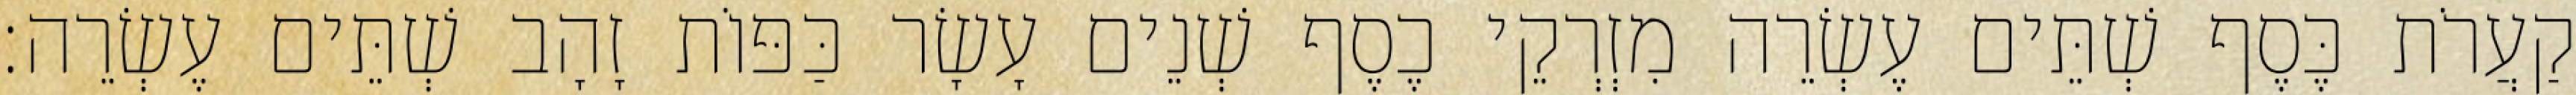
קַעֲרֹת כֶּסֶף שְׁתֵּים עֶשְׂרֵה מִזְרְקֵי כֶסֶף שְׁנֵים עָשָׂר כַּפּוֹת זָהָב שְׁתֵּים עֶשְׂרֵה׃